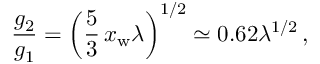
\frac { g _ { 2 } } { g _ { 1 } } = \left( \frac { 5 } { 3 } \, x _ { \mathrm { w } } \lambda \right) ^ { 1 / 2 } \simeq 0 . 6 2 \lambda ^ { 1 / 2 } \, ,